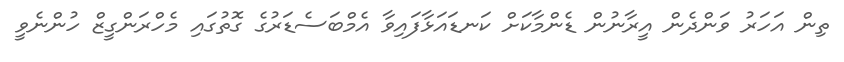
ތިން އަހަރު ވަންދެން އީރާނުން ޑެންމާކަށް ކަނޑައަޅާފައިވާ އެމްބަސެޑަރުގެ ގޮތުގައި މެހްރަންގީޒް ހުންނެވީ